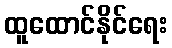
ထူထောင်နိုင်ရေး